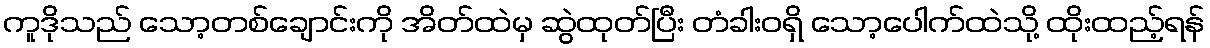
ကူဒိုသည် သော့တစ်ချောင်းကို အိတ်ထဲမှ ဆွဲထုတ်ပြီး တံခါးဝရှိ သော့ပေါက်ထဲသို့ ထိုးထည့်ရန်